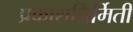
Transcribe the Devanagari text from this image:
प्रकाशनिर्मिती